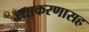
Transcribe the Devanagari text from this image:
व्याकरणासह